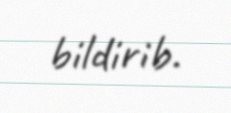
bildirib.